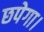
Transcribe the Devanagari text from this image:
छपेगा।